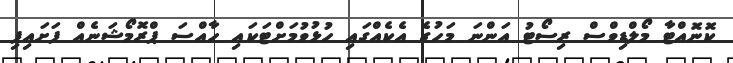
ކޮނޮއްޓާ މޯލްޑިވްސް ރިސޯޓު އަންނަ މަހުގެ އެކެއްގައި ހުޅުވުމަށްޓަކައި ހާއްސަ ޕްރޮމޯޝަނެއް ފަށައިފި